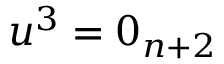
u ^ { 3 } = 0 _ { n + 2 }